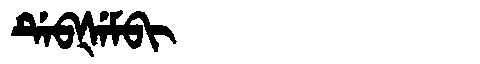
Manchu: ᡩᡝᠪᡧᡝᠮᠪᡳ
Romanization: DEBŠEMBI